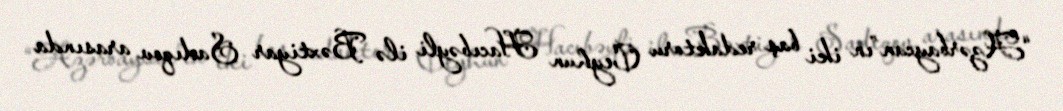
“Azərbaycan”ın iki baş redaktoru Ceyhun Hacıbəyli ilə Bəxtiyar Sadıqov arasında